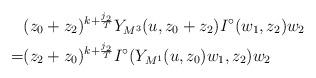
LaTeX: \begin{align*}&(z_0+z_2)^{k+\frac{j_2}{T}}Y_{M^3}(u, z_0+z_2)I^{\circ}(w_1, z_2)w_2\\=&(z_2+z_0)^{k+\frac{j_2}{T}}I^{\circ}(Y_{M^1}(u, z_0)w_1, z_2)w_2\end{align*}